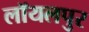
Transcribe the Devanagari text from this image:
लॉयलपुर